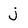
Character: j